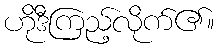
ဟိုဒီကြည့်လိုက်၏။